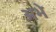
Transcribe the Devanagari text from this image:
अभे